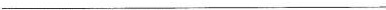
___